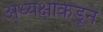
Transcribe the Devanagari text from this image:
अध्यक्षाकडून